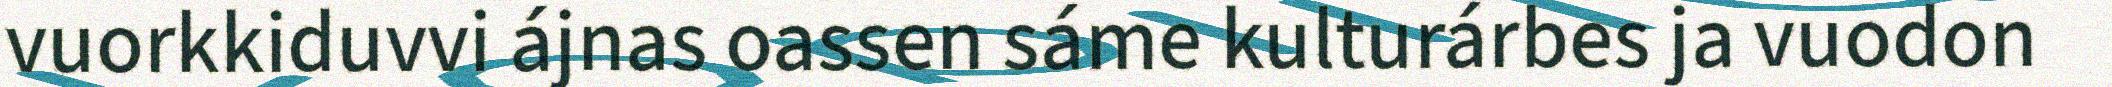
vuorkkiduvvi ájnas oassen sáme kulturárbes ja vuodon